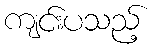
ကျင်းပသည့်